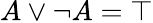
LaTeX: A\lor\neg A=\top